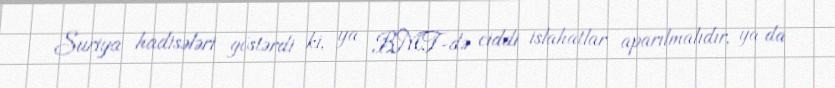
Suriya hadisələri göstərdi ki, ya BMT-də ciddi islahatlar aparılmalıdır, ya da